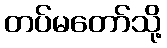
တပ်မတော်သို့